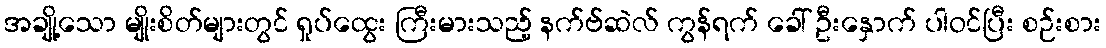
အချို့သော မျိုးစိတ်များတွင် ရှုပ်ထွေး ကြီးမားသည့် နက်ဗ်ဆဲလ် ကွန်ရက် ခေါ် ဦးနှောက် ပါဝင်ပြီး စဉ်းစား